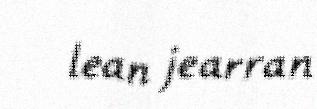
lean jearran